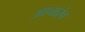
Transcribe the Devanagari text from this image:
आचारंव